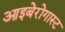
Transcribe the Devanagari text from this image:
आइबेरोगास्ट